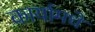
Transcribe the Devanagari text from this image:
कार्यामधे